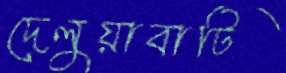
দেলুয়াবাটি